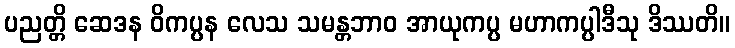
ပညတ္တိ ဆေဒန ဝိကပ္ပန လေသ သမန္တဘာဝ အာယုကပ္ပ မဟာကပ္ပါဒီသု ဒိဿတိ။